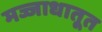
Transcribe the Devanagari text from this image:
मज्जाधातूत